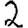
Digit: 2